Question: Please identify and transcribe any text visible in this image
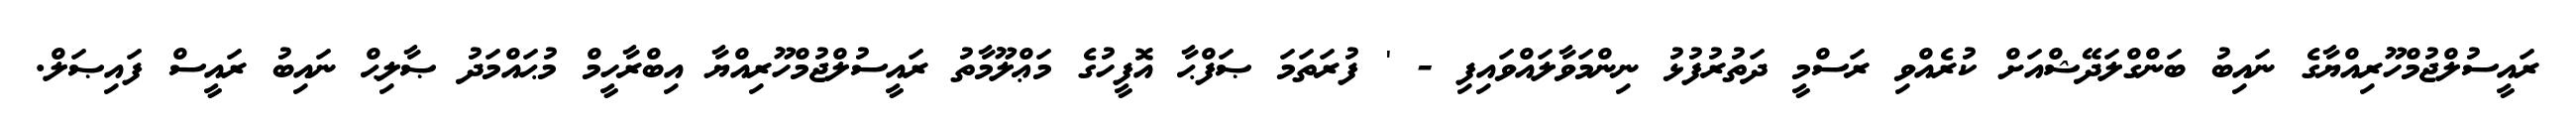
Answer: ރައީސުލްޖުމްހޫރިއްޔާގެ ނައިބު ބަންގްލަދޭޝްއަށް ކުރެއްވި ރަސްމީ ދަތުރުފުޅު ނިންމަވާލައްވައިފި - ' ފުރަތަމަ ޞަފްޙާ އޮފީހުގެ މަޢްލޫމާތު ރައީސުލްޖުމްހޫރިއްޔާ އިބްރާހީމް މުޙައްމަދު ޞާލިޙް ނައިބު ރައީސް ފައިޞަލް.